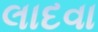
લાદવા